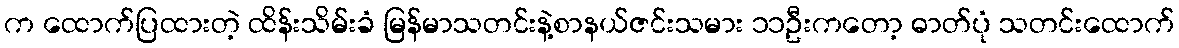
က ထောက်ပြထားတဲ့ ထိန်းသိမ်းခံ မြန်မာသတင်းနဲ့စာနယ်ဇင်းသမား ၁၁ဦးကတော့ ဓာတ်ပုံ သတင်းထောက်